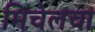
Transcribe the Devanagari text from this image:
मिचेलचा